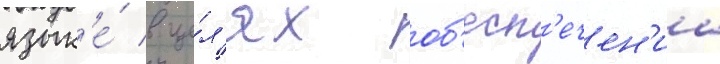
язык'е́ в це́л'ях об'есп'ечен'иа